Papers set at the Examination for Leaving Certificates, 1890
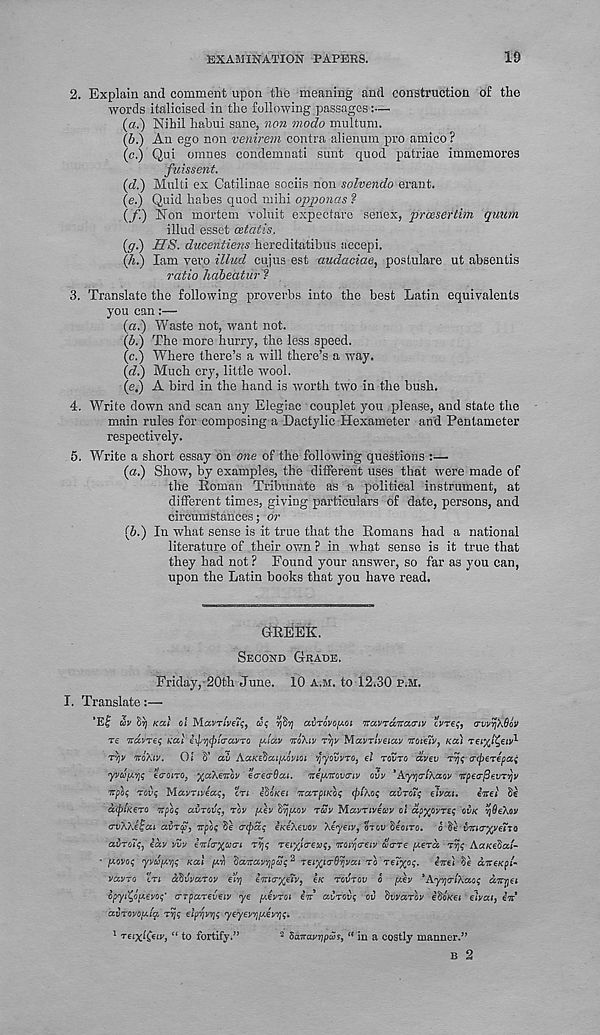
EXAMINATION PAPERS.
19
2. Explain and comment upon the meaning and construction of the
words italicised in the following passages:—
(a.) Nihil habui sane, non modo multum.
(&.) An ego non venirem contra alienum pro amico ?
(c.) Qui omnes condemnati sunt quod patriae immemores
fuissent.
(d.) Multi ex Catilinae sociis non solvendo erant.
(e.) Quid habes quod mihi opponas ?
(/.) Non mortem voluit expectare senex, preesertim quum
illud esset oetatis.
(<7.) HS. ducentiens hereditatibus accepi.
(/j.) lam vevo illud cujus est audaciae, poslulare ut absentis
ratio habeaturl
3. Translate the following proverbs into the best Latin equivalents
you can:—
(a.) Waste not, want not.
(b.) The more hurry, the less speed.
(c.) Where there’s a will there’s a way.
(e?.) Much cry, little wool.
(e.) A bird in the hand is worth two in the bush.
4. Write down and scan any Elegiac couplet you please, and state the
main rules for composing a Dactylic Hexameter and Pentameter
respectively.
5. Write a short essay on one of the following questions :—
(a.) Show, by examples, the different uses that were made of
the Roman Tribunate as a political instrument, at
different times, giving particulars of date, persons, and
circumstances; or
[b.) In what sense is it true that the Romans had a national
literature of their own ? in what sense is it true that
they had not? Found your answer, so far as you can,
upon the Latin books that you have read.
GREEK.
SECOND GRADE.
Friday,-20th June. 10 A.M. to 12.30 r.M.
I. Translate:—
’Ef a>v Crj KO.1 01 MamveiV, w; ySy avTovoy-oi navTaTtatriv eyres, rvyrj/.Ooy
re Trayres teal iipvjejjta'avro play nokiv TVJV Mccvrlvetay roiuv, KO) rer/J^eiv^-
rvjv icaXiv. Of S’ av AaKe^ai[/.oyiQi rfyovvro, ei rovro avev ryjs creperepai
yvuy.’fjS eVojTO, y/xAeroy eaeaSai. reyirovriv ovv 'Ayvja-lXaoy TTpecfievr/jv
rep'os roe’s Mavrivea;, cri CSOKEI rarpiKOS rjiiKos avrots eivai. imt Se
afplkero upas airtnls, rev y.lv byjuov rwv Mavriveuv of aeyyvres oik rjde/.ev
a-vWeipai airy, rpos Se crcpas eKeXevov Xeyetv, orov deoiro. a Si vnr'/yeXve
eziroTs, iav vvv ealryarL rvjs reiyiceus, 'TOi'pretv cerre [/.era ryjs Aaicedcd-
■ f/ovos yvap/ry Ka\ peri iairayppeis
2 reL'/yrtfry/ai TO reTyo;. ire) Se urexpl-
vavro in ahivarov eiyj eVi<r%e?y, I/O revrov 0 [zev
1 AypriXaos amjei
cipyiC.oy.evoy CTpareveiv ye y.evrot or airovs ov dvvarov eioKei eivai, er
avrovoy.fcy rry elpryry yeyevry/.evry.
2 SaruvrjpcvSy “ in a costly manner.”
reixffeir, “ to fortify.’